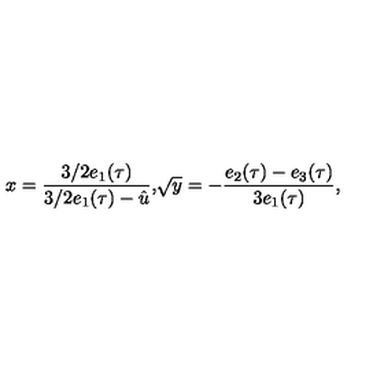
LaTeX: { \displaystyle x = \frac { 3 / 2 e _ { 1 } ( \tau ) } { 3 / 2 e _ { 1 } ( \tau ) - \hat { u } } , } { \displaystyle \sqrt { y } = - \frac { e _ { 2 } ( \tau ) - e _ { 3 } ( \tau ) } { 3 e _ { 1 } ( \tau ) } , }